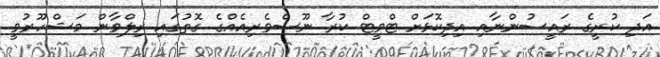
އަދި ކުރީގެ ރައީސުންނާއި އިދިކޮޅަށް ޓްވީޓް ކުރާ ނޫސްވެރިއެއްގެ ގޮތުގައި ރިލްވާން މަޝްހޫރުވީ